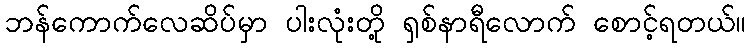
ဘန်ကောက်လေဆိပ်မှာ ပါးလုံးတို့ ရှစ်နာရီလောက် စောင့်ရတယ်။